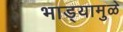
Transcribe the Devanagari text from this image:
भाड्यामुळे